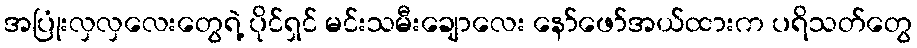
အပြုံးလှလှလေးတွေရဲ့ ပိုင်ရှင် မင်းသမီးချောလေး နော်ဖော်အယ်ထားက ပရိသတ်တွေ